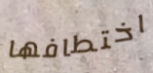
اختطافها